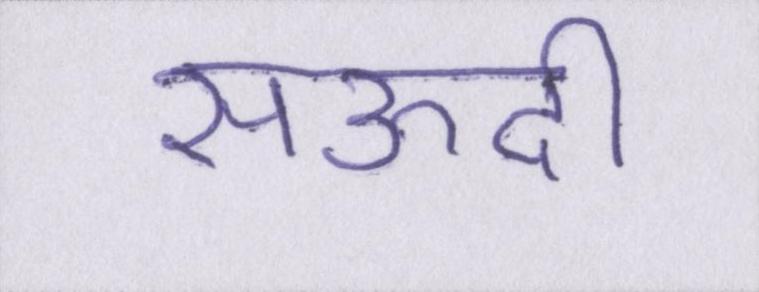
सऊदी